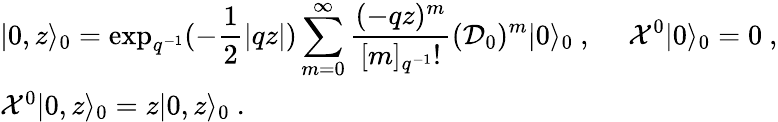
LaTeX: \begin{array}{l}{{\vert 0,z\rangle_{0}=\displaystyle\exp_{q^{-1}}(-\frac{1}{2}|qz|)\sum_{m=0}^{\infty}\frac{(-qz)^{m}}{[m]_{q^{-1}}!}({\cal D}_{0})^{m}\vert 0\rangle_{0}~,~~~~~{\cal X}^{0}\vert 0\rangle_{0}=0~,}}\\ {{{\cal X}^{0}\vert 0,z\rangle_{0}=z\vert 0,z\rangle_{0}~.}}\end{array}